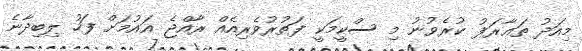
މިއަދު ތަޢާރަފު ކުރެވުނު މި ސްކީމަކީ ފަތުރުވެރިއެއް ރާއްޖެ އައުމަށް ފަހު ލިބިދާނެ